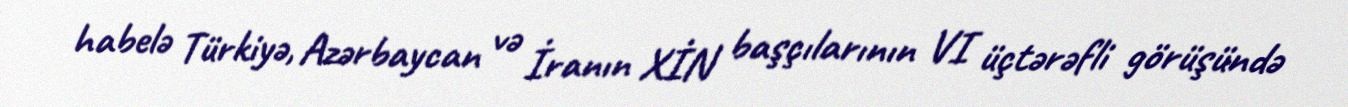
habelə Türkiyə, Azərbaycan və İranın XİN başçılarının VI üçtərəfli görüşündə